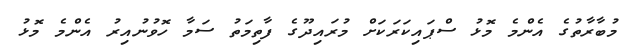
މުބާރާތުގެ އެންމެ މޮޅު ސްޕައިކަރަކަށް މުރައިދޫގެ ފާތިމަތު ސަމާ ހޮވުނުއިރު އެންމެ މޮޅު